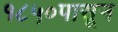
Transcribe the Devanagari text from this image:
१८५०पासून